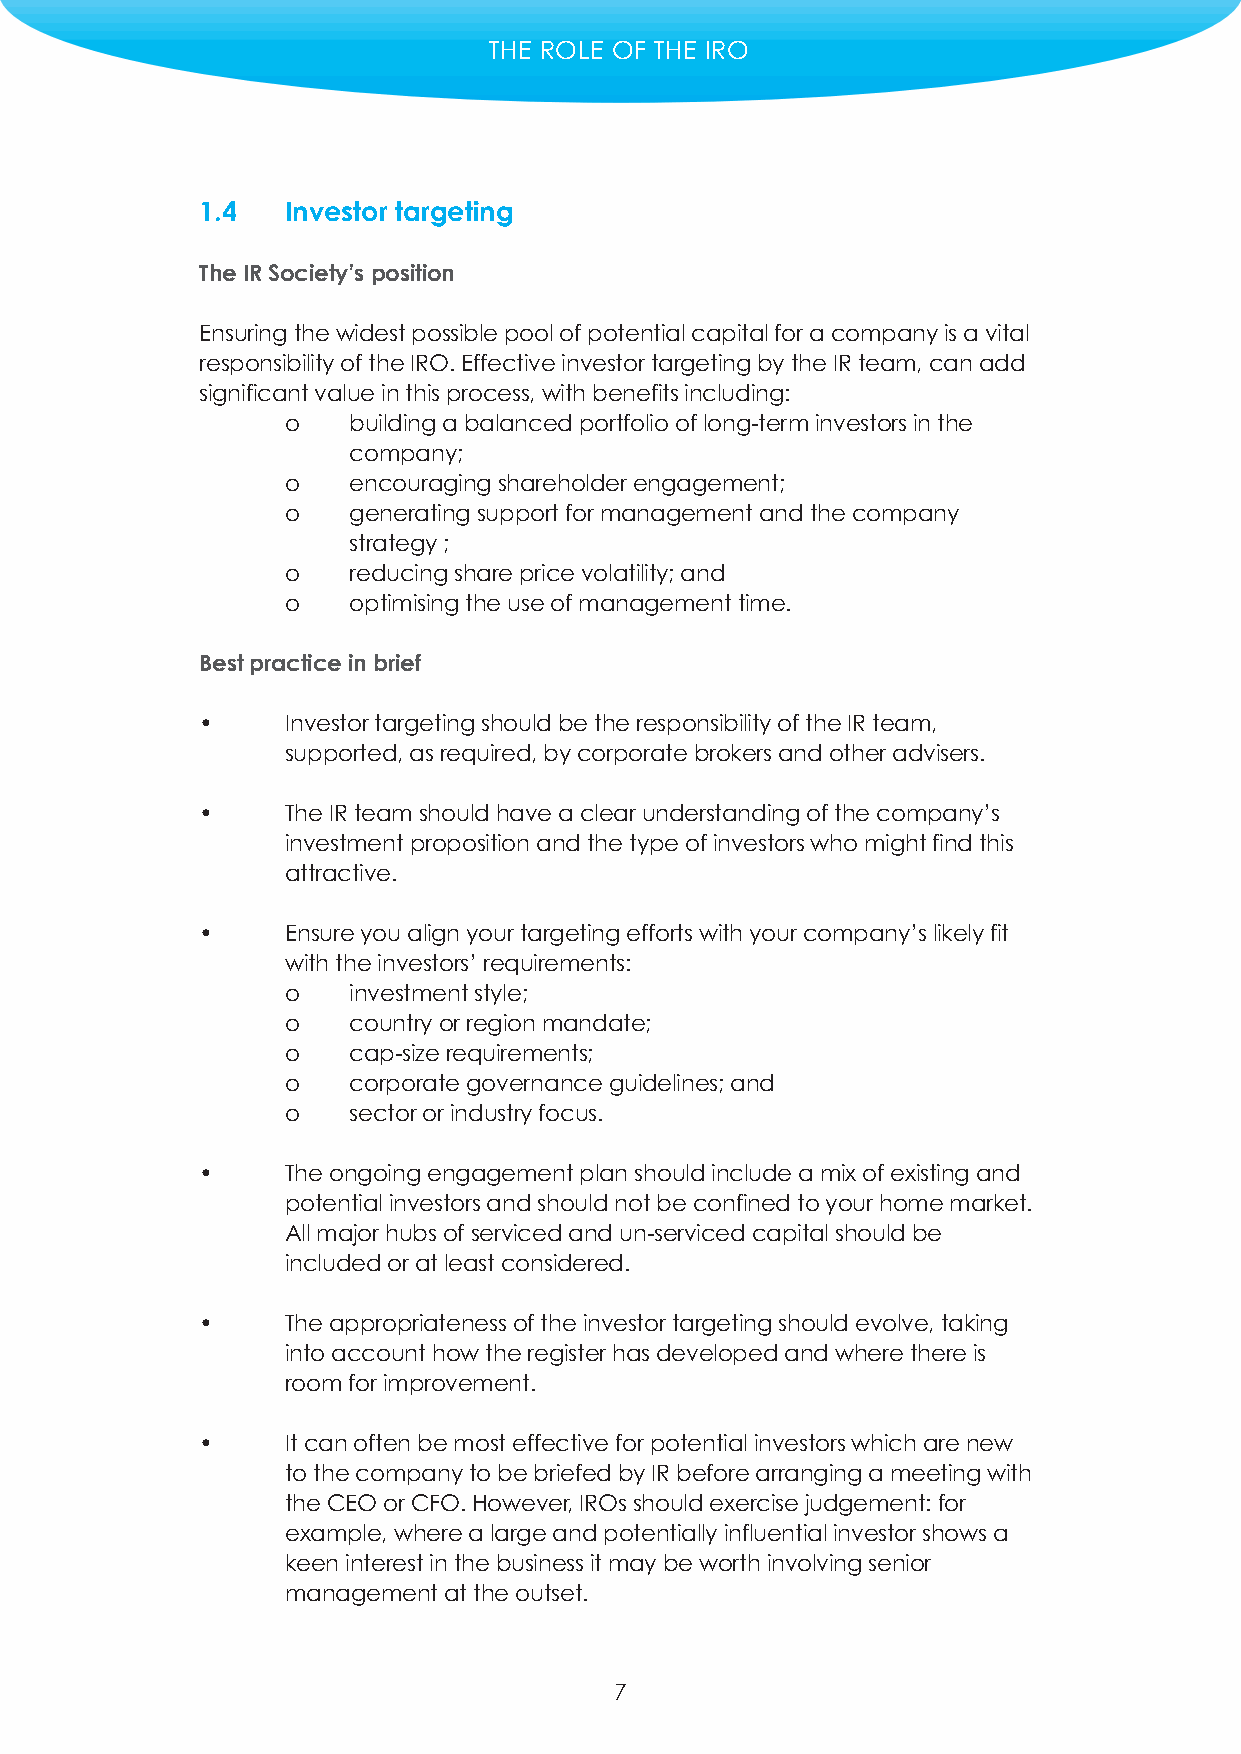
THE ROLE OF THE IRO
 1.4   Investor targeting
 The IR Society’s position
 Ensuring the widest possible pool of potential capital for a company is a vital
 responsibility of the IRO. Effective investor targeting by the IR team, can add
 significant value in this process, with benefits including:
 o   building a balanced portfolio of long-term investors in the
 company;
 o   encouraging shareholder engagement;
 o   generating support for management and the company
 strategy ;
 o   reducing share price volatility; and
 o   optimising the use of management time.
 Best practice in brief
 •     Investor targeting should be the responsibility of the IR team,
 supported, as required, by corporate brokers and other advisers.
 •     The IR team should have a clear understanding of the company’s
 investment proposition and the type of investors who might find this
 attractive.
 •     Ensure you align your targeting efforts with your company’s likely fit
 with the investors’ requirements:
 o   investment style;
 o   country or region mandate;
 o   cap-size requirements;
 o   corporate governance guidelines; and
 o   sector or industry focus.
 •     The ongoing engagement plan should include a mix of existing and
 potential investors and should not be confined to your home market.
 All major hubs of serviced and un-serviced capital should be
 included or at least considered.
 •     The appropriateness of the investor targeting should evolve, taking
 into account how the register has developed and where there is
 room for improvement.
 •     It can often be most effective for potential investors which are new
 to the company to be briefed by IR before arranging a meeting with
 the CEO or CFO. However, IROs should exercise judgement: for
 example, where a large and potentially influential investor shows a
 keen interest in the business it may be worth involving senior
 management at the outset.
 7